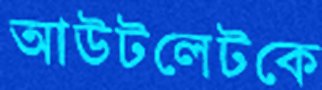
আউটলেটকে